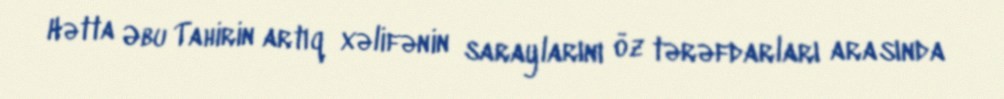
Hətta Əbu Tahirin artıq xəlifənin saraylarını öz tərəfdarları arasında